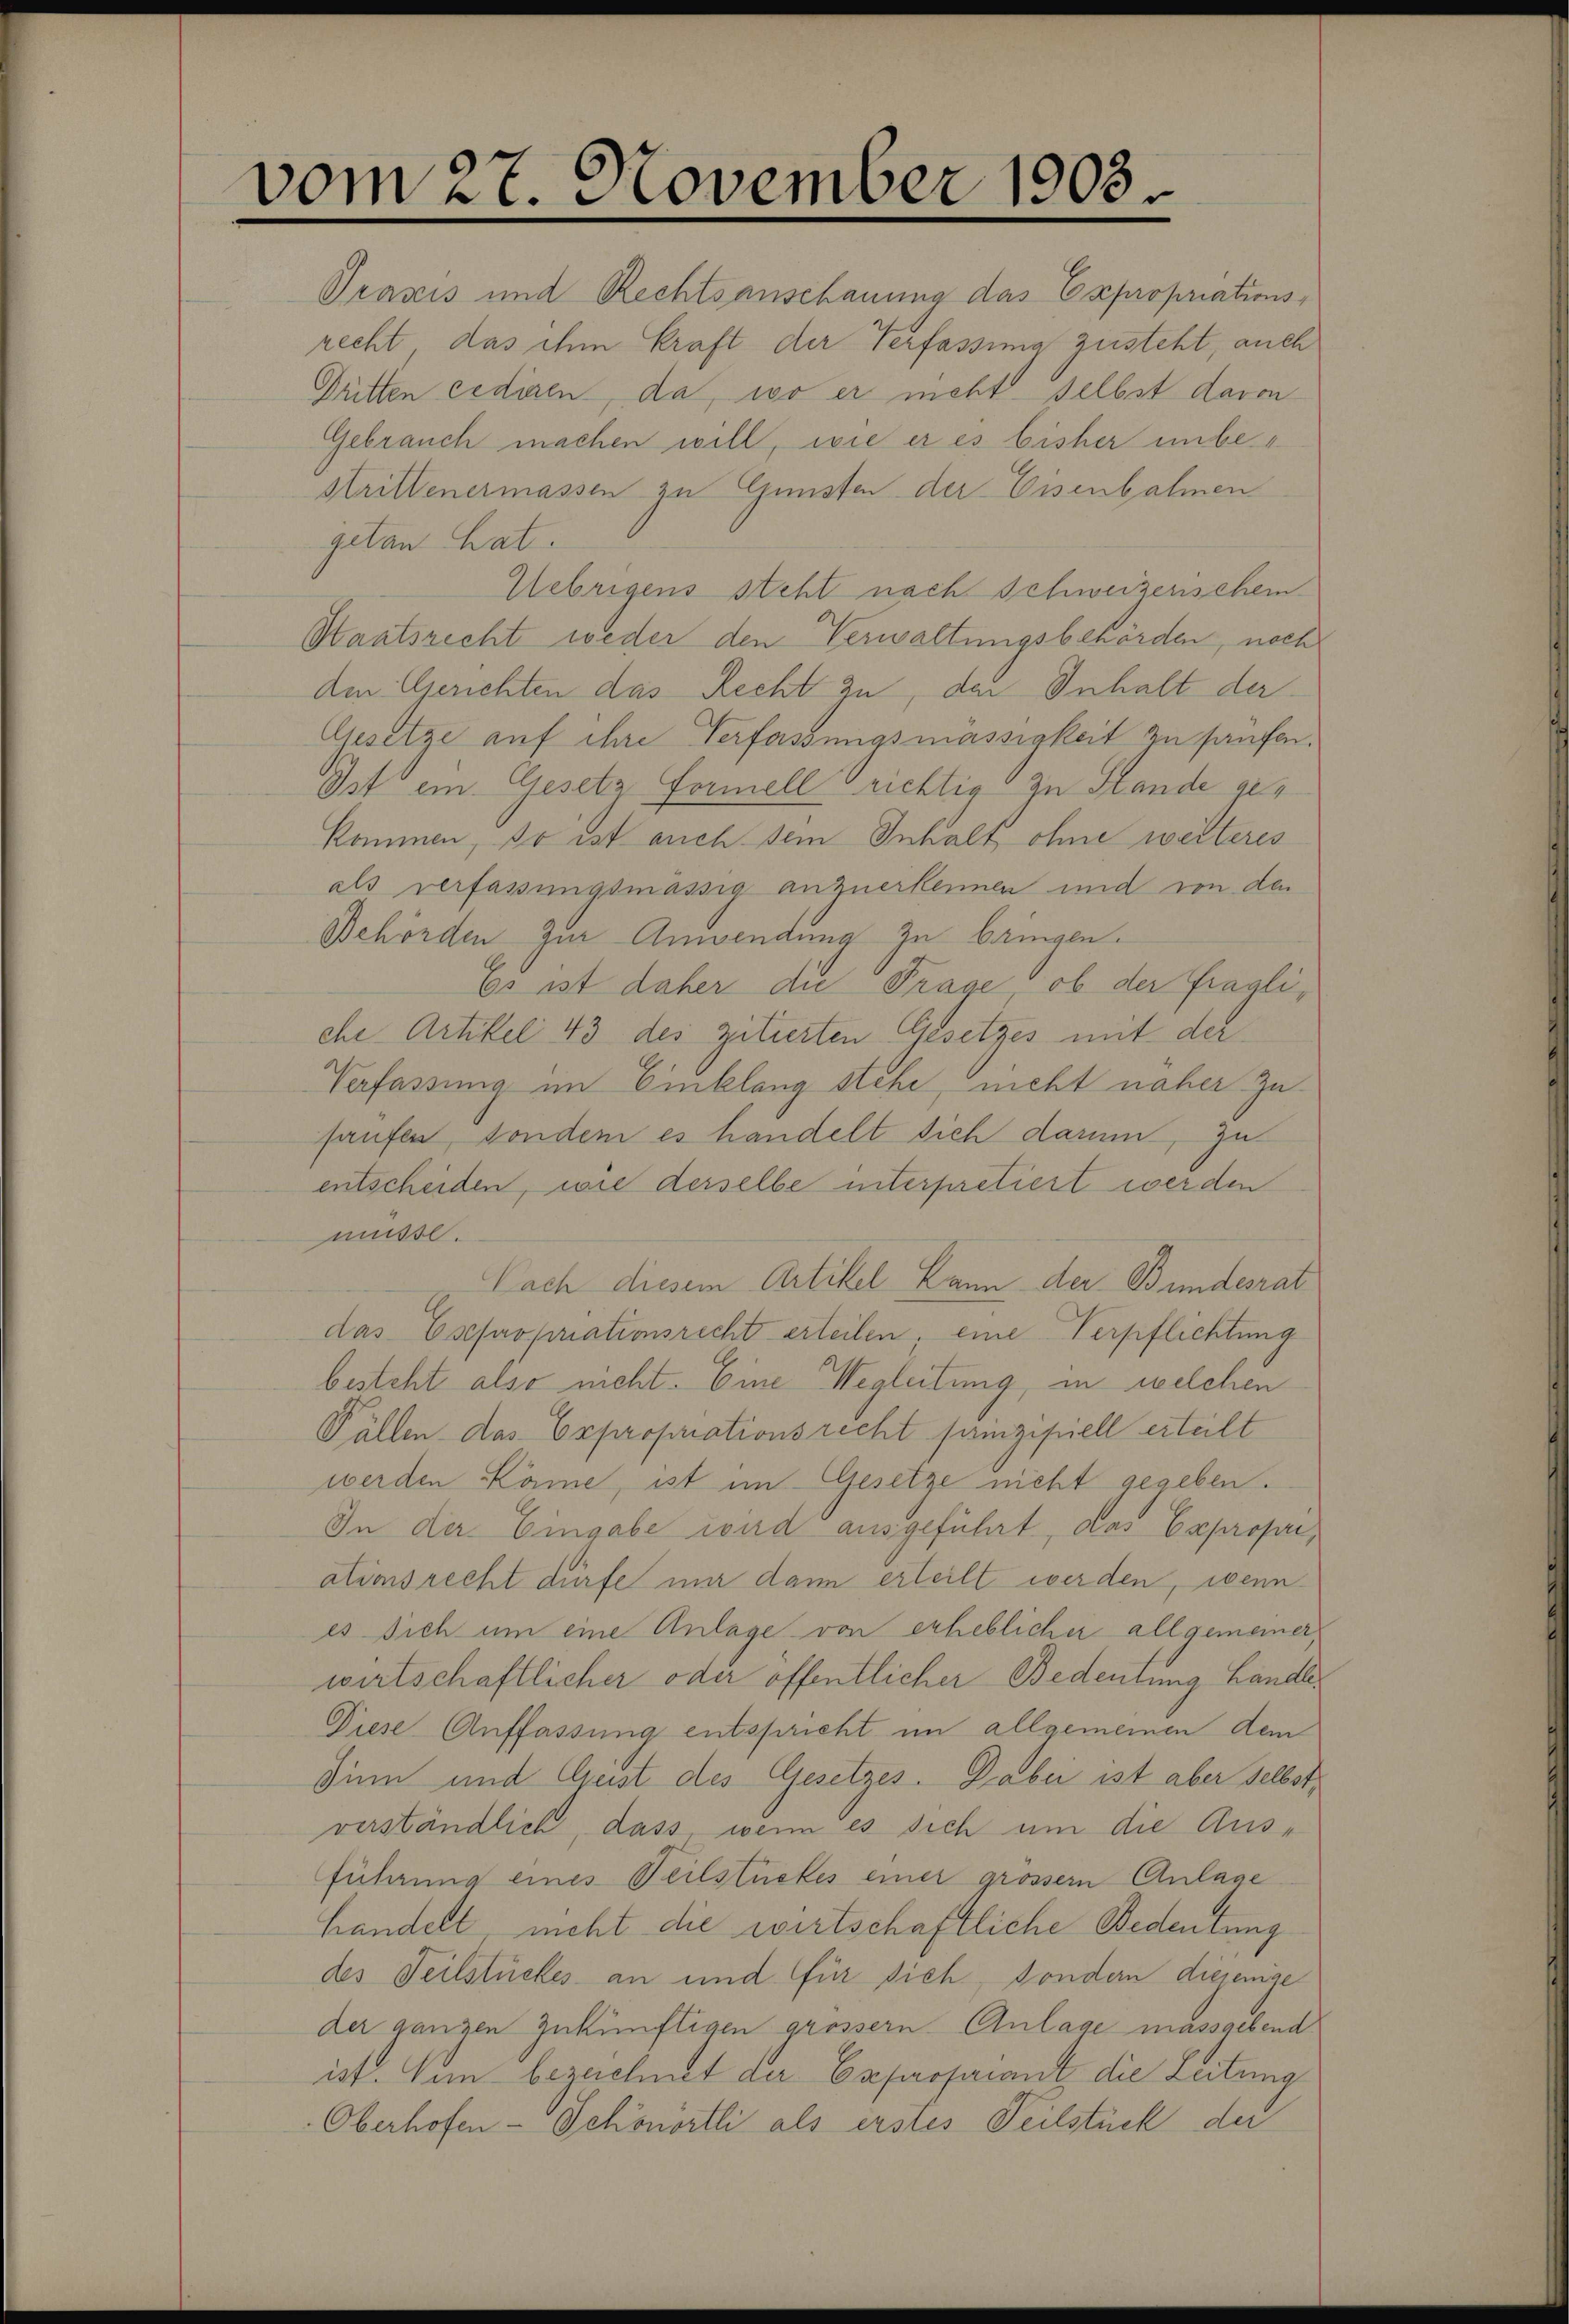
vom 27. November 1903

Praxis und Rechtsanschauung das Expropriations
recht, das ihm kraft der Verfassung zusteht, auch
Gritten cedigen, da, wo er nicht selbst davon
Gebrauch machen will, wie er es bisher unbe-
strittenermassen zu Gunsten der Eisenbahnen
getan hat.
Uebrigens steht nach Schweizerischem
Staatsrecht weder den Verwaltungsbehörden, noch
den Gerichten das Recht zu, der Inhalt der
Gesetze auf ihre Verfassungsmässigkeit zu haufen.
Ist ein Gesetz Formell richtig zu Stande als
kommen, so ist auch sein Inhalt ohne weiteres
als verfassungsmässig anzuerkennen und von den
Behörden Zur Anwendung zu bringen.
Es ist daher die Frage, ob der fragliche Artikel 43 des zitierten Gesetzes mit der
Verfassung im Einklang stehe, nicht näher zu
haufen, sondern es handelt sich darum, zu
entscheiden, wie derselbe interpretiert werden
müsse.
Nach diesem Artikel kann der Bundesrat
das Esepropriationsrecht erteilen, eine Verpflichtung
besteht also nicht. Eine Wegleitung, in welchen
Fällen das Expropriationsrecht punizipiell erteilt
werden käme, ist im Gesetze nicht gegeben.
In der Eingabe wird ausgeführt, das Exproponi
ationsrecht dürfe mir dann erteilt werden, wenn
es sich um eine Anlage von erheblicher allgemeiner
wirtschaftlicher oder öffentlicher Bedeutung Landle¬
Diese Auffassung entspricht im allgemeinen dem
Sinn und Geist des Gesetzes. Dabei ist aber selbst,
verständlich, dass wenn es sich um die Ausführung eines Teilstückes einer grösser Anlage
handelt, nicht die wirtschaftliche Bedeutung
des Teilstückes an und für sich, sondern diejenige
der ganzen zukünftigen grössern Anlage massgebend
ist. Sin bezeichnet der Expropriant die Zeitung
Oberhofen-Schönörtli als erstes Teilstück der